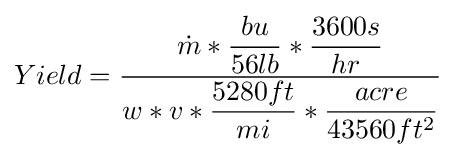
Yield={\dfrac {{\dot {m}}*{\dfrac {bu}{56lb}}*{\dfrac {3600s}{hr}}}{w*v*{\dfrac {5280ft}{mi}}*{\dfrac {acre}{43560ft^{2}}}}}